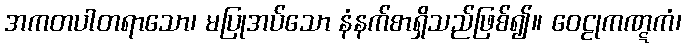
အကတပါတရာသော၊ မပြုအပ်သော နံနက်စာရှိသည်ဖြစ်၍။ ဝေဠုကဏ္ဋကံ၊